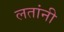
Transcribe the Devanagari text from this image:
लतांनी